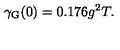
\gamma _ { \mathrm { G } } ( 0 ) = 0 . 1 7 6 g ^ { 2 } T .